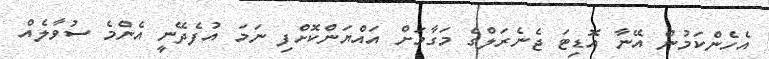
އެހެންކަމުން އޭނާ އޮޑިޓަ ޖެނެރަލްގެ މަގާމަށް އައްޔަންކޮށްފި ނަމަ އުފެދޭނީ އެންމެ ސުވާލެއް